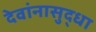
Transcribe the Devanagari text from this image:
देवांनासुद्धा